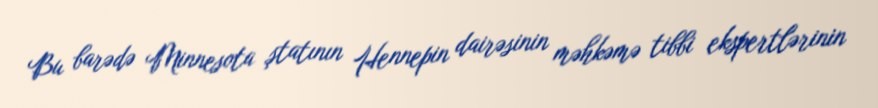
Bu barədə Minnesota ştatının Hennepin dairəsinin məhkəmə tibbi ekspertlərinin